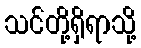
သင်တို့ရှိရာသို့